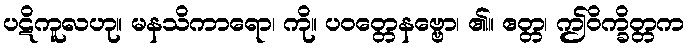
ပဋိကူလဟု။ မနသိကာရော၊ ကို။ ပဝတ္တေနဗ္ဗော၊ ၏။ ဧတ္တ၊ ဤဝိက္ခိတ္တက